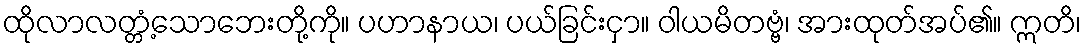
ထိုလာလတ္တံ့သောဘေးတို့ကို။ ပဟာနာယ၊ ပယ်ခြင်းငှာ။ ဝါယမိတဗ္ဗံ၊ အားထုတ်အပ်၏။ ဣတိ၊